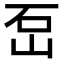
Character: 𡶪